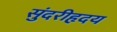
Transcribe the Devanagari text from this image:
सुंदरीहृदय